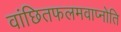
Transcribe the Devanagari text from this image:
वांछितफलमवाप्नोति